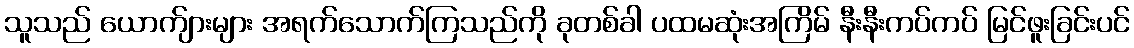
သူသည် ယောက်ျားများ အရက်သောက်ကြသည်ကို ခုတစ်ခါ ပထမဆုံးအကြိမ် နီးနီးကပ်ကပ် မြင်ဖူးခြင်းပင်